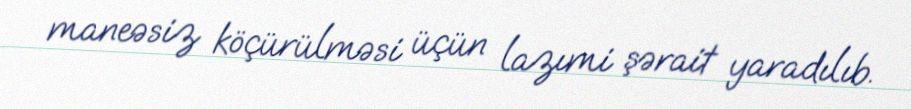
maneəsiz köçürülməsi üçün lazımi şərait yaradılıb.